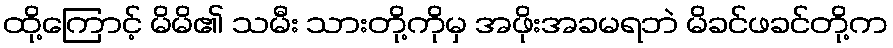
ထို့ကြောင့် မိမိ၏ သမီး သားတို့ကိုမှ အဖိုးအခမရဘဲ မိခင်ဖခင်တို့က